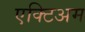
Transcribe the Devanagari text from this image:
एक्टिअम